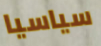
سياسيا